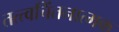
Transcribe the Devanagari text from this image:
तत्त्वचिंतनात्मक